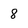
Character: 8